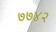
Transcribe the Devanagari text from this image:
७७४२